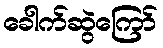
ခေါက်ဆွဲကြော်